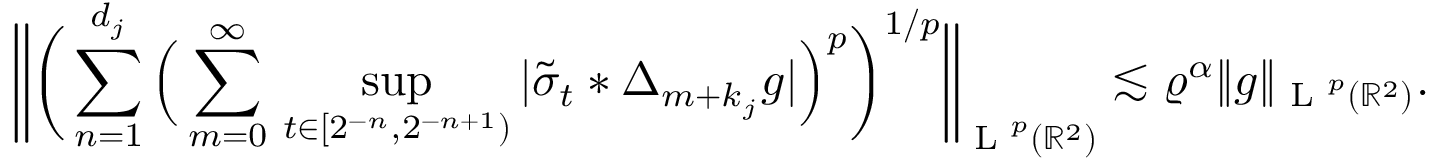
\bigg \| \bigg ( \sum _ { n = 1 } ^ { d _ { j } } \Big ( \sum _ { m = 0 } ^ { \infty } \, \operatorname* { s u p } _ { t \in [ 2 ^ { - n } , 2 ^ { - n + 1 } ) } | \tilde { \sigma } _ { t } \ast \Delta _ { m + k _ { j } } g | \Big ) ^ { p } \bigg ) ^ { 1 / p } \bigg \| _ { \textup { L } ^ { p } ( \mathbb { R } ^ { 2 } ) } \lesssim \varrho ^ { \alpha } \| g \| _ { \textup { L } ^ { p } ( \mathbb { R } ^ { 2 } ) } .